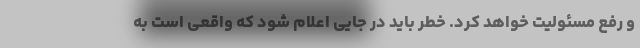
و رفع مسئولیت خواهد کرد. خطر باید در جایی اعلام شود که واقعی است به